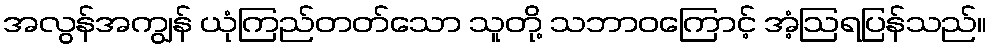
အလွန်အကျွန် ယုံကြည်တတ်သော သူတို့ သဘာဝကြောင့် အံ့ဩရပြန်သည်။